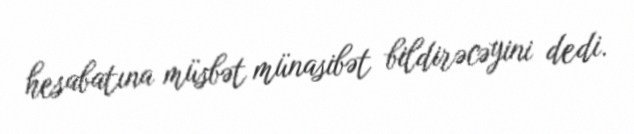
hesabatına müsbət münasibət bildirəcəyini dedi.